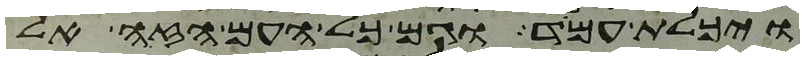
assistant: ויכלת עמד וגם כל העם הזה אל